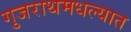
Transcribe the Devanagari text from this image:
गुजराथमधल्यात